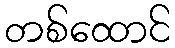
တစ်ထောင်